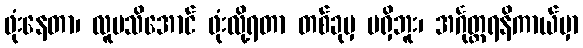
ဖုံးနေတာ၊ လူမသိအောင် ဖုံးလို့ရတာ တစ်ခုမှ မရှိဘူး၊ အင်္ဂုတ္တရနိကာယ်မှာ